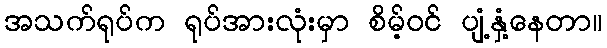
အသက်ရုပ်က ရုပ်အားလုံးမှာ စိမ့်ဝင် ပျံ့နှံ့နေတာ။